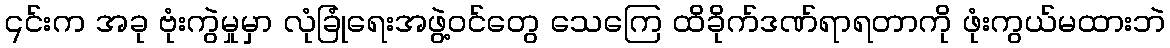
၎င်းက အခု ဗုံးကွဲမှုမှာ လုံခြုံရေးအဖွဲ့ဝင်တွေ သေကြေ ထိခိုက်ဒဏ်ရာရတာကို ဖုံးကွယ်မထားဘဲ